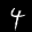
Label: 4